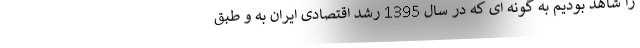
را شاهد بودیم به گونه ای که در سال 1395 رشد اقتصادی ایران به و طبق